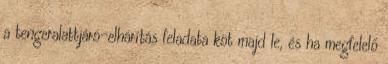
a tengeralattjáró-elhárítás feladata köt majd le, és ha megfelelő